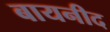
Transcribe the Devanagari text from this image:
बायनीद